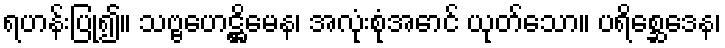
ရဟန်းပြု၍။ သဗ္ဗဟေဋ္ဌိမေန၊ အလုံးစုံအောင် ယုတ်သော။ ပရိစ္ဆေဒေန၊